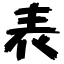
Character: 表